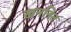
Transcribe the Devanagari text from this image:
खननित